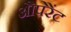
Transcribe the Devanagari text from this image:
औपेरेंट